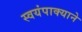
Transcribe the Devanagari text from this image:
स्वयंपाक्याने